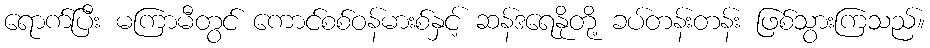
ရောက်ပြီး မကြာမီတွင် ကောင်စစ်ဝန်မားစ်နှင့် ဆန်ဒရေနိုတို့ ခပ်တန်းတန်း ဖြစ်သွားကြသည်။